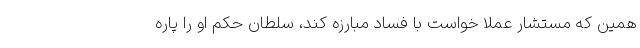
همین که مستشار عملا خواست با فساد مبارزه کند، سلطان حکم او را پاره